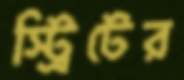
স্ট্রিটের